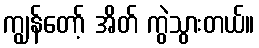
ကျွန်တော့် အိတ် ကွဲသွားတယ်။